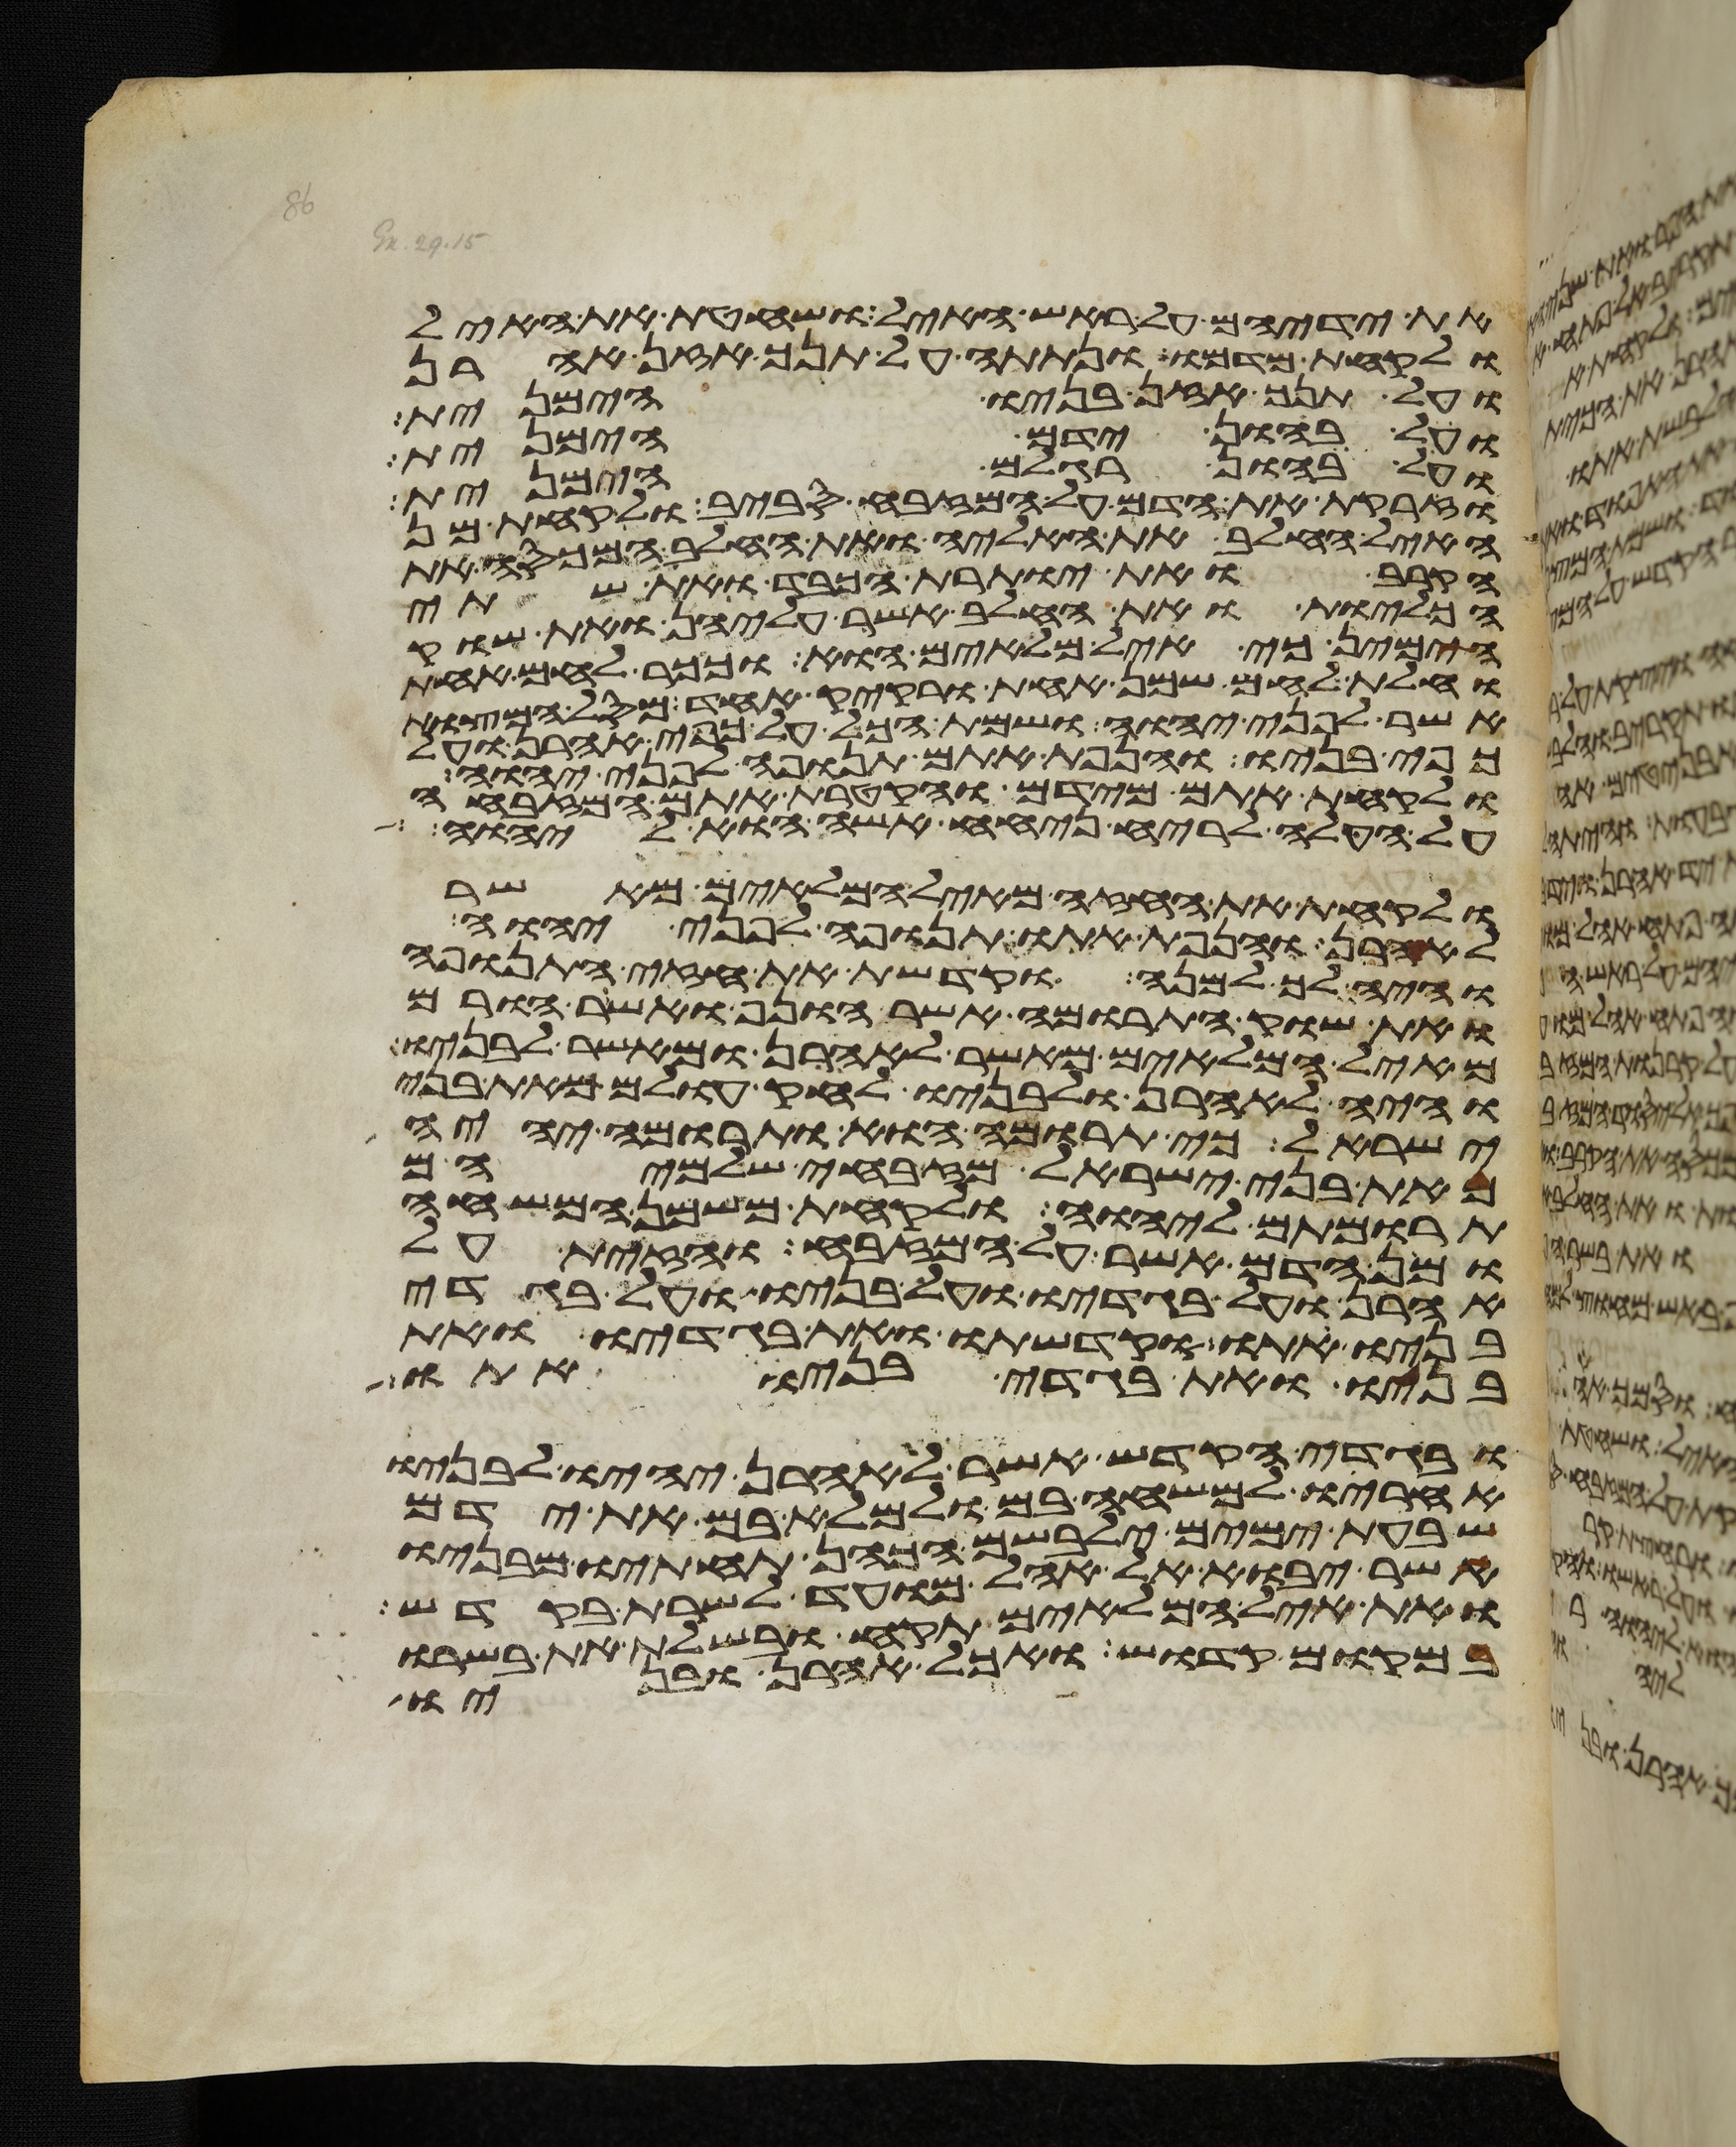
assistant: את ידיהם על ראש האיל ושחטת את האיל
ולקחת מדמו ונתתה על תנך אזן אהרן
ועל תנך אזן בניו הימנית
ועל בהון ידם הימנית
ועל בהון רגלם הימנית
וזרקת את הדם על המזבח סביב ולקחת מן
האיל החלב את האליה ואת החלב המכסה את
הקרב ואת יותרת הכבד ואת שתי
הכליות ואת החלב אשר עליהן ואת שוק
הימין כי איל מלאים הוא וככר לחם אחת
וחלת לחם שמן אחת ורקיק אחד מסל המצות
אשר לפני יהוה ושמת הכל על כפי אהרן ועל
כפי בניו והנפת אתם תנופה לפני יהוה
ולקחת אתם מידם והקטרת אתם המזבחה
על העלה לריח ניחח אשה הוא ליהוה
ולקחת את החזה מאיל המלאים מאשר
לאהרן והנפת אתו תנופה לפני יהוה
והיה לך למנה וקדשת את חזה התנופה
ואת שוק התרומה אשר הונף ואשר הורם
מאיל המלאים מאשר לאהרן ומאשר לבניו
והיה לאהרן ולבניו לחק עולם מאת בני
ישראל כי תרומה הוא ותרומה יהיה
מאת בני ישראל מזבחי שלמיהם
תרומתם ליהוה ולקחת משמן המשחה
ומן הדם אשר על המזבח והזית על
אהרן ועל בגדיו ועל בניו ועל בגדי
בניו אתו וקדשתו ואת בגדיו ואת
בניו ואת בגדי בניו אתו
ובגדי הקדש אשר לאהרן יהיו לבניו
אחריו למשחה בם ולמלא בם את ידם
שבעת ימים ילבשם הכהן תחתיו מבניו
אשר יבוא אל אהל מועד לשרת בקדש
ואת איל המלאים תקח ובשלת את בשרו
במקום קדוש ואכל אהרן ובניו